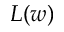
L ( w )